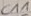
Text: C11